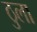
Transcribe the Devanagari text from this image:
ठुला